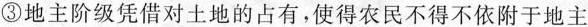
③地主阶级凭借对土地的占有，使得农民不得不依附于地主